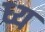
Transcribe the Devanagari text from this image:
ध्य